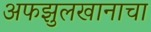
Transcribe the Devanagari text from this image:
अफझुलखानाचा